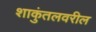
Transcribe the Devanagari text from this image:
शाकुंतलवरील